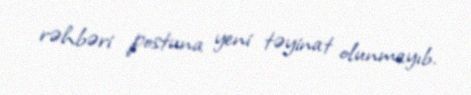
rəhbəri postuna yeni təyinat olunmayıb.